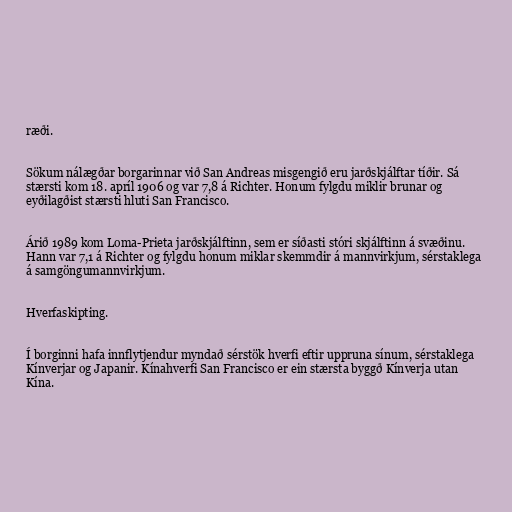
ræði.

Sökum nálægðar borgarinnar við San Andreas misgengið eru jarðskjálftar tíðir. Sá
stærsti kom 18. apríl 1906 og var 7,8 á Richter. Honum fylgdu miklir brunar og
eyðilagðist stærsti hluti San Francisco.

Árið 1989 kom Loma-Prieta jarðskjálftinn, sem er síðasti stóri skjálftinn á svæðinu.
Hann var 7,1 á Richter og fylgdu honum miklar skemmdir á mannvirkjum, sérstaklega
á samgöngumannvirkjum.

Hverfaskipting.

Í borginni hafa innflytjendur myndað sérstök hverfi eftir uppruna sínum, sérstaklega
Kínverjar og Japanir. Kínahverfi San Francisco er ein stærsta byggð Kínverja utan
Kína.